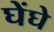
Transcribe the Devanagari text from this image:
घेंघे